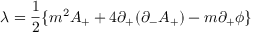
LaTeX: { \lambda } = \frac { 1 } { 2 } \{ m ^ { 2 } A _ { + } + 4 { \partial } _ { + } ( { \partial } _ { - } A _ { + } ) - m { \partial } _ { + } { \phi } \}